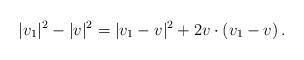
LaTeX: \begin{align*}\begin{aligned}|v_1|^2 - |v|^2 = |v_1 - v|^2 + 2 v \cdot (v_1 - v) \,.\end{aligned}\end{align*}